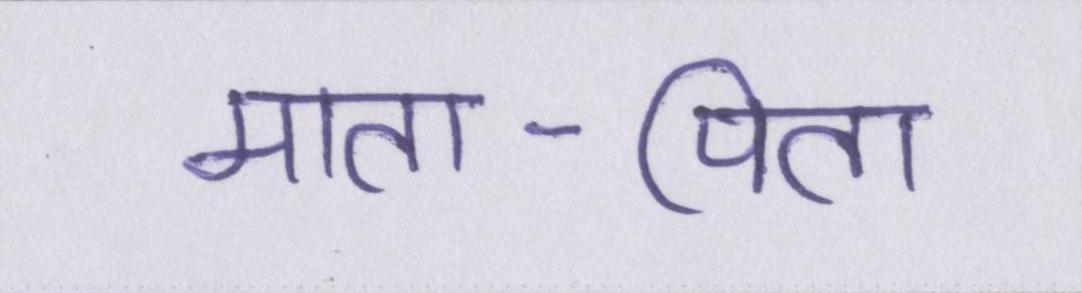
माता-पिता